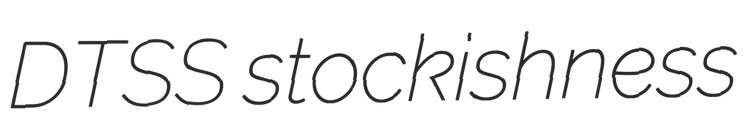
DTSS stockishness